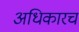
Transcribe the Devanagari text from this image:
अधिकारच